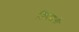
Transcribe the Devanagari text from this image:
तिव्रगामी